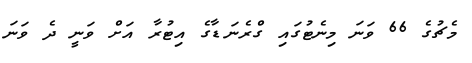
މެޗުގެ 66 ވަނަ މިނެޓުގައި ގްރެނަޑާގެ އިޓުރާ އަށް ވަނީ ދެ ވަނަ